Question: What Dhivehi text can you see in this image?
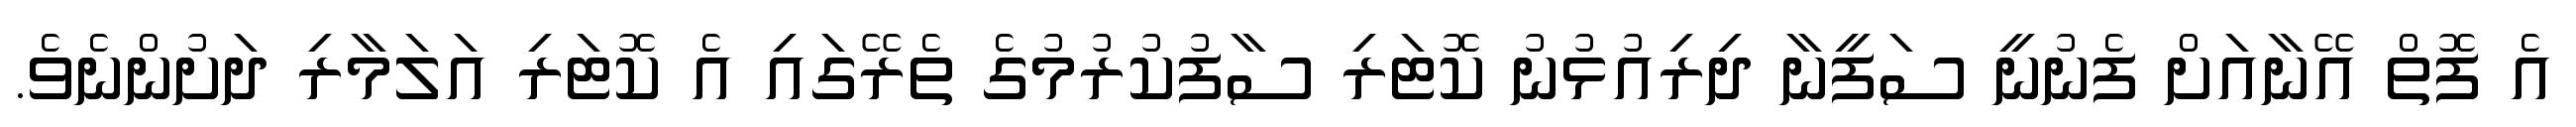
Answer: އެ ފޮތް އޭނާއަށް ފެނުނީ ސަފީނާ ދިރިއުޅުނު ކޮޓަރި ސާފުކުރުމުގެ ތެރޭގައި އެ ކޮޓަރި އަލަމާރި ދަށުންނެވެ.